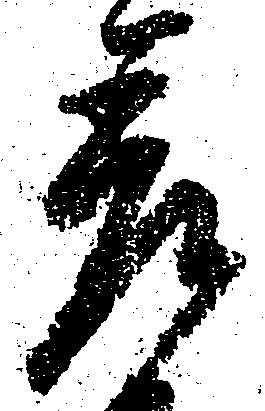
差